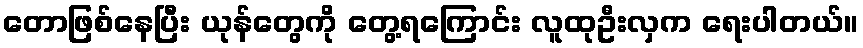
တောဖြစ်နေပြီး ယုန်တွေကို တွေ့ရကြောင်း လူထုဦးလှက ရေးပါတယ်။